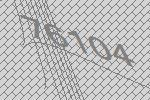
76104